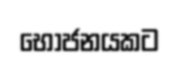
භෝජනයකට